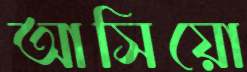
আসিয়ো